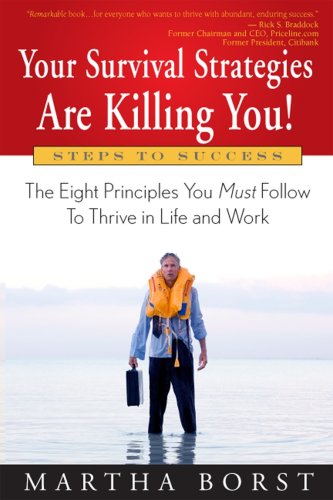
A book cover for Your Survival Strategies Are Killing You: The Eight Principles You Must Follow To Thrive in Life and Work; Martha Borst; Business & Money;